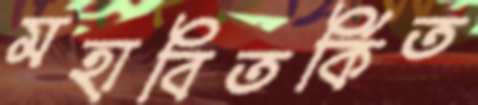
মহাবিতর্কিত